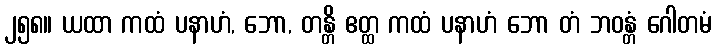
၂၅၈။ ယထာ ကထံ ပနာဟံ, ဘော, တန္တိ ဧတ္ထ ကထံ ပနာဟံ ဘော တံ ဘဝန္တံ ဂေါတမံ